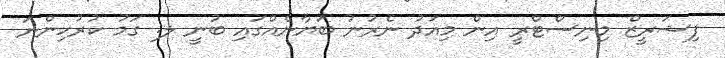
ފިޝަރީޒް މިނިސްޓްރީ އިން މިއަދު ނެރުނު ބަޔާނެއްގައި ބުނީ ލ. ގަމު ކުރުހިންނަ